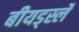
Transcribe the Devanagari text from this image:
बीयर्ड्स्ले